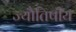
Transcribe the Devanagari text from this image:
ज्यौतिषीय